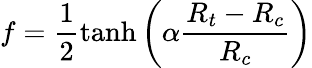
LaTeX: f=\frac{1}{2}\operatorname{tanh}\left(\alpha\frac{R_{t}-R_{c}}{R_{c}}\right)